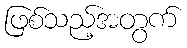
ဖြစ်သည့်အတွက်